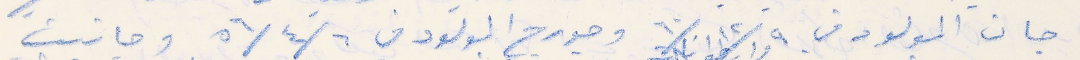
جان المولود في ٩ /١٢/ ٦٠ وجورج المولود في ٦ /٤ / ٥٦ وجانيت